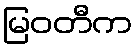
မြဝတီက